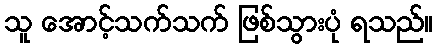
သူ အောင့်သက်သက် ဖြစ်သွားပုံ ရသည်။